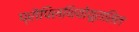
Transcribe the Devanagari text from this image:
प्रोपिलथियोयूरासिल